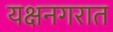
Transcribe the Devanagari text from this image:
यक्षनगरात